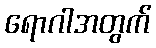
ရောဂါအတွက်